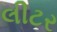
લીટર